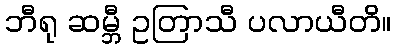
ဘီရု ဆမ္ဘီ ဥတြာသီ ပလာယီတိ။